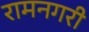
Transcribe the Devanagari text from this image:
रामनगरी